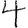
Digit: 4